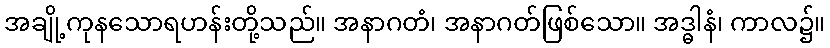
အချို့ကုနသောရဟန်းတို့သည်။ အနာဂတံ၊ အနာဂတ်ဖြစ်သော။ အဒ္ဓါနံ၊ ကာလ၌။